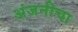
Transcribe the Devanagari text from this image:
अंजनीचा